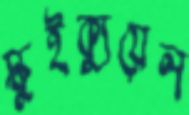
স্কুইক্যুয়েল